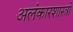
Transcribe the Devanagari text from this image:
अलंकारशास्त्रों